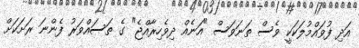
އަދި ފުވައްމުލަކަކީ ވެސް ތަނަވަސް "އަނެއް ދިވެހިރާއްޖެ" ގެ ތަސައްވަރު ފެންނަ ރަށަކަށް